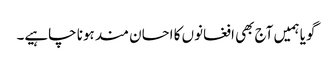
گویا ہمیں آج بھی افغانوں کا احسان مند ہونا چاہیے۔